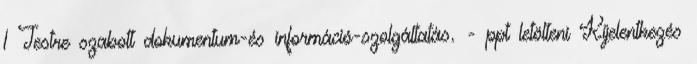
1 Testre szabott dokumentum-és információ-szolgáltatás. - ppt letölteni Kijelentkezés